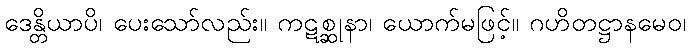
ဒေန္တိယာပိ၊ ပေးသော်လည်း။ ကဋစ္ဆုနာ၊ ယောက်မဖြင့်။ ဂဟိတဋ္ဌာနမေဝ၊